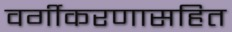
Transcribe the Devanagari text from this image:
वर्गीकरणासहित